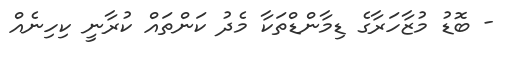
- ބޮޑު މުޒާހަރާގެ ޑިމާންޑްތަކާ މެދު ކަންތައް ކުރާނީ ކިހިނެއް